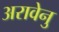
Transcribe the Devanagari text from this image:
अरावेनु